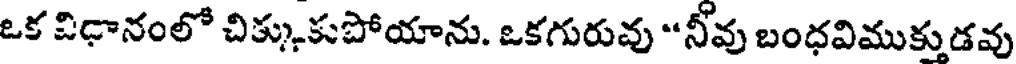
ఒక విధానంలో చిక్కుకుపోయాను. ఒకగురువు "నీవు బంధవిముక్తుడవు